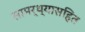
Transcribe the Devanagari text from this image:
सामर्थ्यासहित